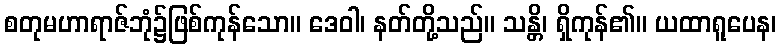
စတုမဟာရာဇ်ဘုံ၌ဖြစ်ကုန်သော။ ဒေဝါ၊ နတ်တို့သည်။ သန္တိ၊ ရှိကုန်၏။ ယထာရူပေန၊